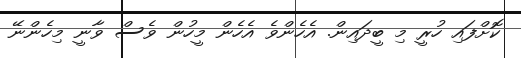
ކޮށްފައި ހުރީ މި ބީދައިން. އެހެންވެ އެހެން މީހުން ވެސް ވާނީ މިހެންނޭ